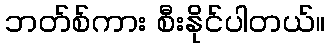
ဘတ်စ်ကား စီးနိုင်ပါတယ်။